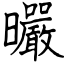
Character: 曮